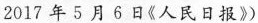
2017年5月6日《人民日报》）